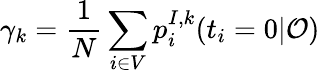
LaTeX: \gamma_{k}=\frac{1}{N}\sum_{i\in V}p_{i}^{I,k}(t_{i}=0|\mathcal{O})